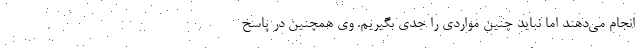
انجام می‌دهند اما نباید چنین مواردی را جدی بگیریم. وی همچنین در پاسخ